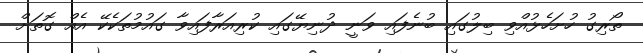
ތޯރިގު ހުށަހެޅުއްވި ބިލުގައި ބުނެފައި ވަނީ ދުނިޔޭގައި ކުރިއަރާފައިވާ ގައުމުތަކެކޭ އެއް ގޮތަށް